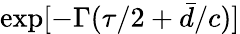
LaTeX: \exp[-\Gamma(\tau/2+\bar{d}/c)]